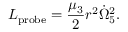
L _ { \mathrm { p r o b e } } = { \frac { \mu _ { 3 } } { 2 } } r ^ { 2 } \dot { \Omega } _ { 5 } ^ { 2 } .